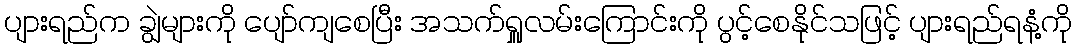
ပျားရည်က ချွဲများကို ပျော်ကျစေပြီး အသက်ရှူလမ်းကြောင်းကို ပွင့်စေနိုင်သဖြင့် ပျားရည်ရနံ့ကို